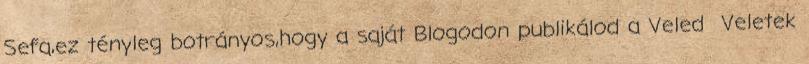
Sefa,ez tényleg botrányos,hogy a saját Blogodon publikálod a Veled Veletek